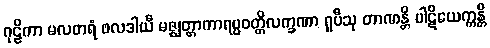
ဂုဠိကာ မလတရံ ဖလဒါယီ မဇ္ဈတ္တာကာရပ္ပဝတ္တိလက္ခဏာ ရူပီသု တာဏန္တိ ပါဋိယေက္ကန္တိ